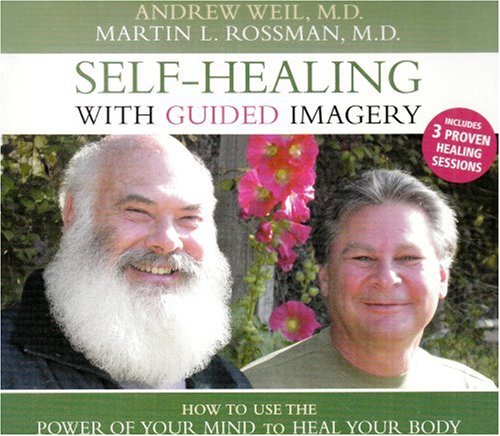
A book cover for Self-Healing with Guided Imagery; Andrew Weil; Health, Fitness & Dieting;